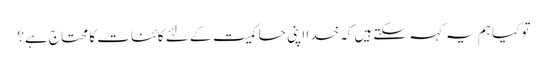
تو کیا ہم یہ کہہ سکتے ہیں کہ خدا اپنی حاکمیت کے لئے کائنات کا محتاج ہے؟